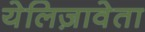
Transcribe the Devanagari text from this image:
येलिज़ावेता